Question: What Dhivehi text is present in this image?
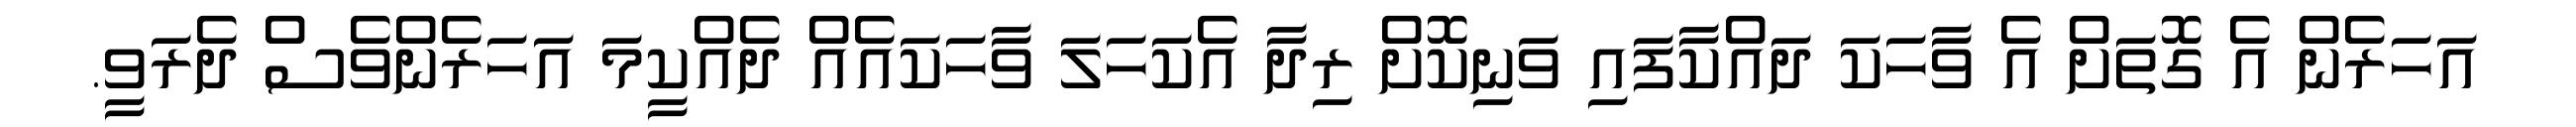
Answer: އަހަރެން އެ ގޮތަށް އެ ވާހަކަ ދައްކާފައި ވަނިކޮށް ރިދާ އެކަހަލަ ވާހަކައެއް ދެއްކީމަ އަހަރެންވެސް ދެރަވީ.